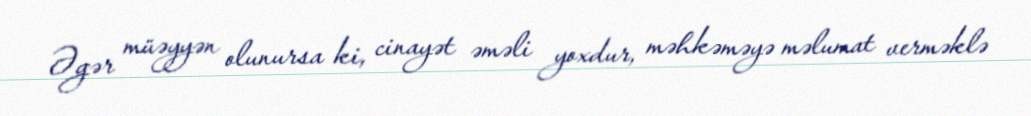
Əgər müəyyən olunursa ki, cinayət əməli yoxdur, məhkəməyə məlumat verməklə